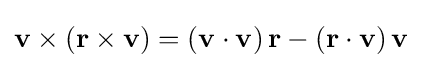
\mathbf {v} \times \left(\mathbf {r} \times \mathbf {v} \right)=\left(\mathbf {v} \cdot \mathbf {v} \right)\mathbf {r} -\left(\mathbf {r} \cdot \mathbf {v} \right)\mathbf {v}